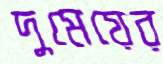
দুমেয়ের